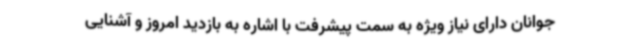
جوانان دارای نیاز ویژه به سمت پیشرفت با اشاره به بازدید امروز و آشنایی